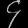
Digit: ၄